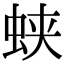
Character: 蛱